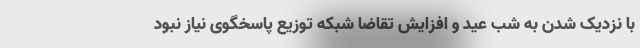
با نزدیک شدن به شب عید و افزایش تقاضا شبکه توزیع پاسخگوی نیاز نبود